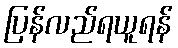
ပြန်လည်ရယူရန်